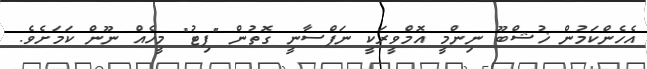
އެހެންކަމުން ޚުޝްބޫ ނިންމީ އޮމްވީރަކީ ނަފްސާނީ ގޮތުން "ފިޓު" މީހެއް ނޫން ކަމަށެވެ.